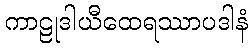
ကာဠုဒါယီထေရဿာပဒါနံ